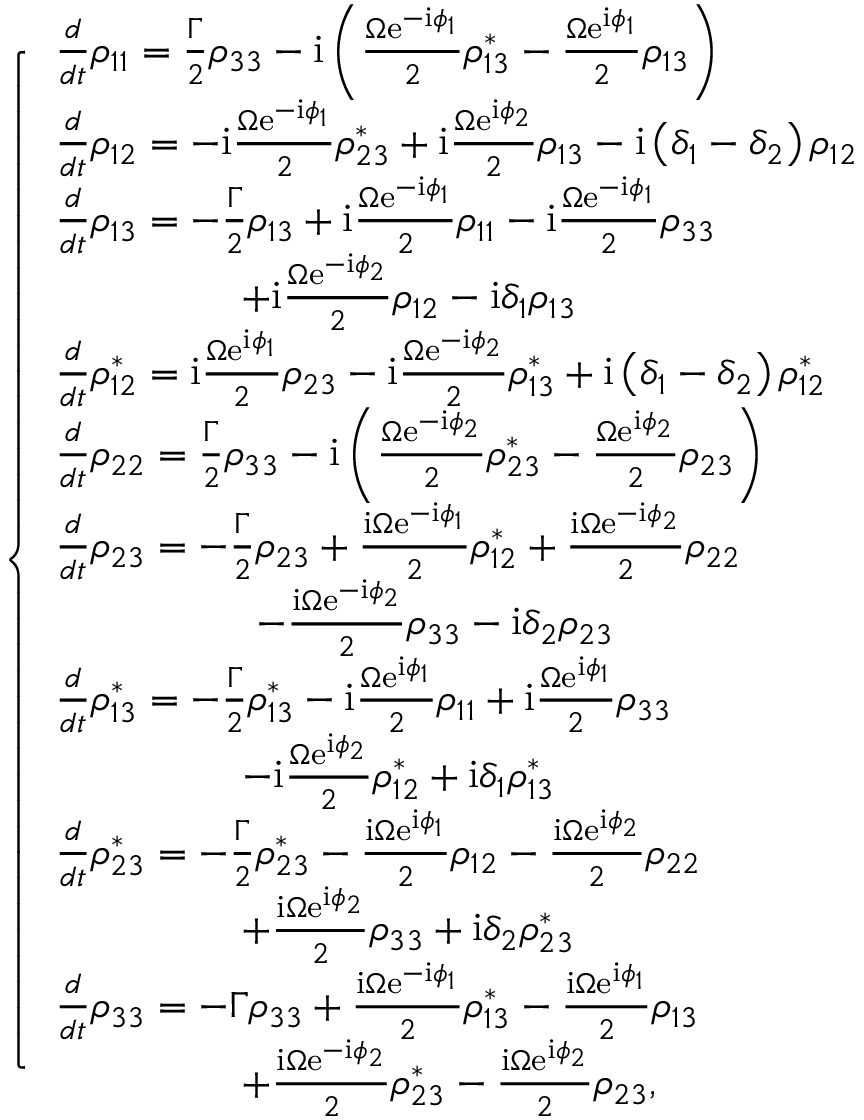
\left\{ \begin{array} { l l } { \frac { d } { d t } \rho _ { 1 1 } = \frac { \Gamma } { 2 } \rho _ { 3 3 } - \mathrm { i } \left( \frac { \Omega \mathrm { e } ^ { - \mathrm { i } \phi _ { 1 } } } { 2 } \rho _ { 1 3 } ^ { * } - \frac { \Omega \mathrm { e } ^ { \mathrm { i } \phi _ { 1 } } } { 2 } \rho _ { 1 3 } \right) } \\ { \frac { d } { d t } \rho _ { 1 2 } = - \mathrm { i } \frac { \Omega \mathrm { e } ^ { - \mathrm { i } \phi _ { 1 } } } { 2 } \rho _ { 2 3 } ^ { * } + \mathrm { i } \frac { \Omega \mathrm { e } ^ { \mathrm { i } \phi _ { 2 } } } { 2 } \rho _ { 1 3 } - \mathrm { i } \left( \delta _ { 1 } - \delta _ { 2 } \right) \rho _ { 1 2 } } \\ { \frac { d } { d t } \rho _ { 1 3 } = - \frac { \Gamma } { 2 } \rho _ { 1 3 } + \mathrm { i } \frac { \Omega \mathrm { e } ^ { - \mathrm { i } \phi _ { 1 } } } { 2 } \rho _ { 1 1 } - \mathrm { i } \frac { \Omega \mathrm { e } ^ { - \mathrm { i } \phi _ { 1 } } } { 2 } \rho _ { 3 3 } } \\ { ~ ~ ~ ~ ~ ~ ~ ~ ~ ~ ~ ~ ~ ~ + \mathrm { i } \frac { \Omega \mathrm { e } ^ { - \mathrm { i } \phi _ { 2 } } } { 2 } \rho _ { 1 2 } - \mathrm { i } \delta _ { 1 } \rho _ { 1 3 } } \\ { \frac { d } { d t } \rho _ { 1 2 } ^ { * } = \mathrm { i } \frac { \Omega \mathrm { e } ^ { \mathrm { i } \phi _ { 1 } } } { 2 } \rho _ { 2 3 } - \mathrm { i } \frac { \Omega \mathrm { e } ^ { - \mathrm { i } \phi _ { 2 } } } { 2 } \rho _ { 1 3 } ^ { * } + \mathrm { i } \left( \delta _ { 1 } - \delta _ { 2 } \right) \rho _ { 1 2 } ^ { * } } \\ { \frac { d } { d t } \rho _ { 2 2 } = \frac { \Gamma } { 2 } \rho _ { 3 3 } - \mathrm { i } \left( \frac { \Omega \mathrm { e } ^ { - \mathrm { i } \phi _ { 2 } } } { 2 } \rho _ { 2 3 } ^ { * } - \frac { \Omega \mathrm { e } ^ { \mathrm { i } \phi _ { 2 } } } { 2 } \rho _ { 2 3 } \right) } \\ { \frac { d } { d t } \rho _ { 2 3 } = - \frac { \Gamma } { 2 } \rho _ { 2 3 } + \frac { \mathrm { i } \Omega \mathrm { e } ^ { - \mathrm { i } \phi _ { 1 } } } { 2 } \rho _ { 1 2 } ^ { * } + \frac { \mathrm { i } \Omega \mathrm { e } ^ { - \mathrm { i } \phi _ { 2 } } } { 2 } \rho _ { 2 2 } } \\ { ~ ~ ~ ~ ~ ~ ~ ~ ~ ~ ~ ~ ~ ~ ~ - \frac { \mathrm { i } \Omega \mathrm { e } ^ { - \mathrm { i } \phi _ { 2 } } } { 2 } \rho _ { 3 3 } - \mathrm { i } \delta _ { 2 } \rho _ { 2 3 } } \\ { \frac { d } { d t } \rho _ { 1 3 } ^ { * } = - \frac { \Gamma } { 2 } \rho _ { 1 3 } ^ { * } - \mathrm { i } \frac { \Omega \mathrm { e } ^ { \mathrm { i } \phi _ { 1 } } } { 2 } \rho _ { 1 1 } + \mathrm { i } \frac { \Omega \mathrm { e } ^ { \mathrm { i } \phi _ { 1 } } } { 2 } \rho _ { 3 3 } } \\ { ~ ~ ~ ~ ~ ~ ~ ~ ~ ~ ~ ~ ~ ~ - \mathrm { i } \frac { \Omega \mathrm { e } ^ { \mathrm { i } \phi _ { 2 } } } { 2 } \rho _ { 1 2 } ^ { * } + \mathrm { i } \delta _ { 1 } \rho _ { 1 3 } ^ { * } } \\ { \frac { d } { d t } \rho _ { 2 3 } ^ { * } = - \frac { \Gamma } { 2 } \rho _ { 2 3 } ^ { * } - \frac { \mathrm { i } \Omega \mathrm { e } ^ { \mathrm { i } \phi _ { 1 } } } { 2 } \rho _ { 1 2 } - \frac { \mathrm { i } \Omega \mathrm { e } ^ { \mathrm { i } \phi _ { 2 } } } { 2 } \rho _ { 2 2 } } \\ { ~ ~ ~ ~ ~ ~ ~ ~ ~ ~ ~ ~ ~ ~ + \frac { \mathrm { i } \Omega \mathrm { e } ^ { \mathrm { i } \phi _ { 2 } } } { 2 } \rho _ { 3 3 } + \mathrm { i } \delta _ { 2 } \rho _ { 2 3 } ^ { * } } \\ { \frac { d } { d t } \rho _ { 3 3 } = - \Gamma \rho _ { 3 3 } + \frac { \mathrm { i } \Omega \mathrm { e } ^ { - \mathrm { i } \phi _ { 1 } } } { 2 } \rho _ { 1 3 } ^ { * } - \frac { \mathrm { i } \Omega \mathrm { e } ^ { \mathrm { i } \phi _ { 1 } } } { 2 } \rho _ { 1 3 } } \\ { ~ ~ ~ ~ ~ ~ ~ ~ ~ ~ ~ ~ ~ ~ + \frac { \mathrm { i } \Omega \mathrm { e } ^ { - \mathrm { i } \phi _ { 2 } } } { 2 } \rho _ { 2 3 } ^ { * } - \frac { \mathrm { i } \Omega \mathrm { e } ^ { \mathrm { i } \phi _ { 2 } } } { 2 } \rho _ { 2 3 } , } \end{array} \right.